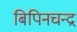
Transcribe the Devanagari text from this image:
बिपिनचन्द्र